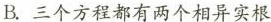
B.三个方程都有两个相异实根